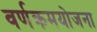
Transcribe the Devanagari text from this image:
वर्णक्रमयोजना